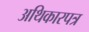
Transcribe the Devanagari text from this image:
अथिकारपत्र